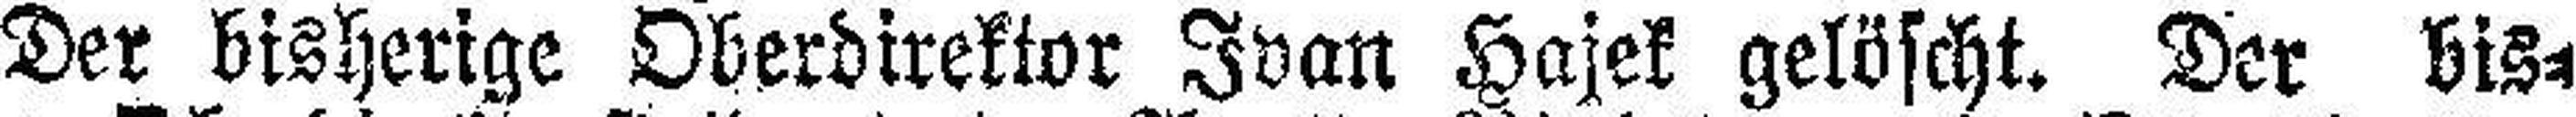
Der bisherige Oberdirektor Ivan Hajek gelöscht. Der bis¬